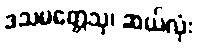
ဒသမတ္တေသု၊ ဆယ်လုံး